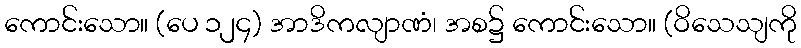
ကောင်းသော။ (ပေ ၁၂၄) အာဒိကလျာဏံ၊ အစ၌ ကောင်းသော။ (ဝိသေသျကို